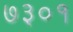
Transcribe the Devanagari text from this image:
७३०१